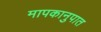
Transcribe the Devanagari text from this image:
मापकानुपात